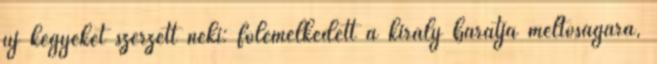
uj kegyeket szerzett neki: fölemelkedett a király barátja méltóságára,